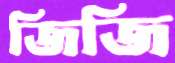
জিজি